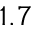
1 . 7